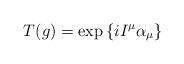
LaTeX: \begin{align*}T(g) =\exp{\{i I^\mu\alpha_\mu\} }\end{align*}